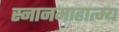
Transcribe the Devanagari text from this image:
स्नानमाहात्म्य